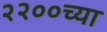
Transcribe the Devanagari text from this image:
२२००च्या